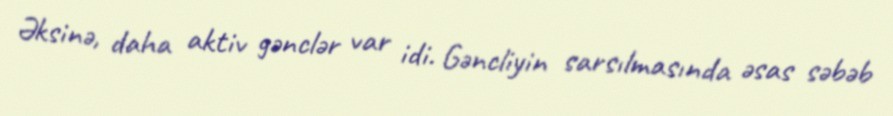
Əksinə, daha aktiv gənclər var idi. Gəncliyin sarsılmasında əsas səbəb